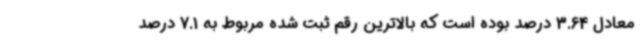
معادل 3.64 درصد بوده است که بالاترین رقم ثبت شده مربوط به 7.1 درصد